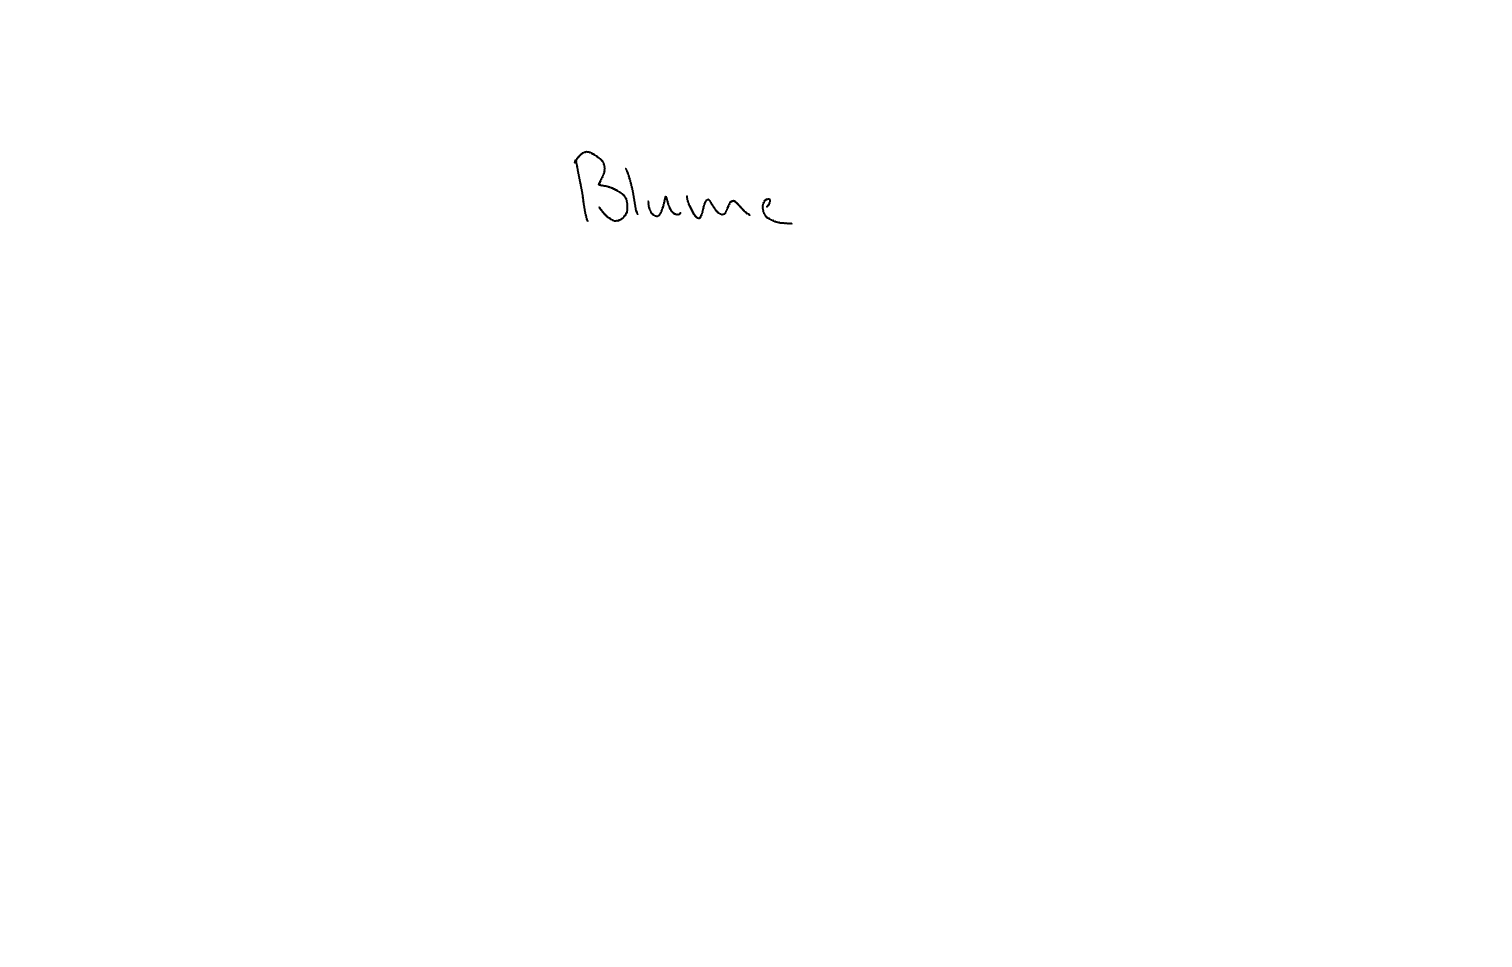
Text: Blume